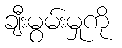
ချီးမွမ်းမှုကို